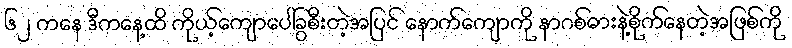
၆၂ ကနေ ဒီကနေ့ထိ ကိုယ့်ကျောပေါ်ခွစီးတဲ့အပြင် နောက်ကျောကို နာဂစ်ဓားနဲ့စိုက်နေတဲ့အဖြစ်ကို